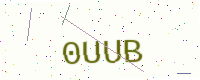
Text: 0UUB